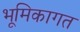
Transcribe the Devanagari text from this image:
भूमिकागत